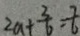
2 a + \frac { 3 } { 6 } = \frac { 7 } { 6 }